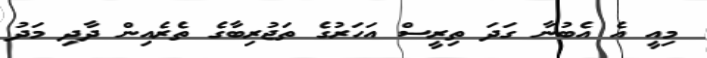
މިއީ އެެ އެބުނާ ގަދަ ތިރީސް އަހަރުގެ ތަޖުރިބާގެ ތެރެއިން ދާދި މަދު